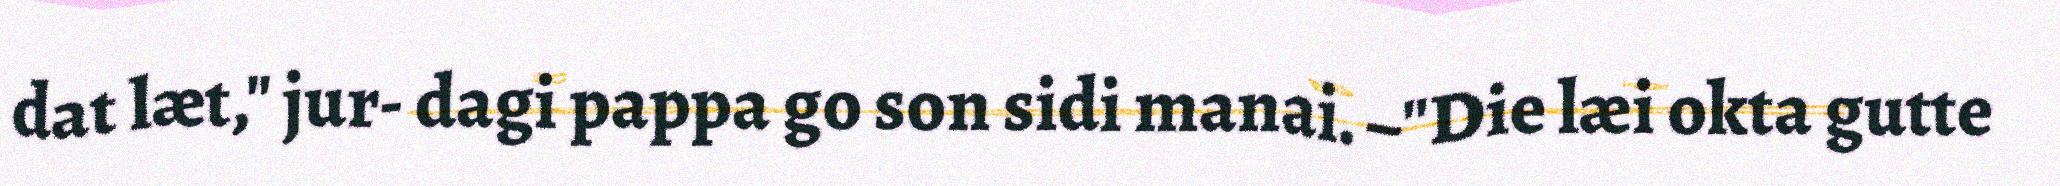
dat læt," jur- dagi pappa go son sidi manai. –"Die læi okta gutte